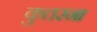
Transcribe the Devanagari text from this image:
कुतरना